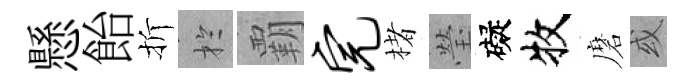
懸飴折扵覇完楮瑩礙牧磨或